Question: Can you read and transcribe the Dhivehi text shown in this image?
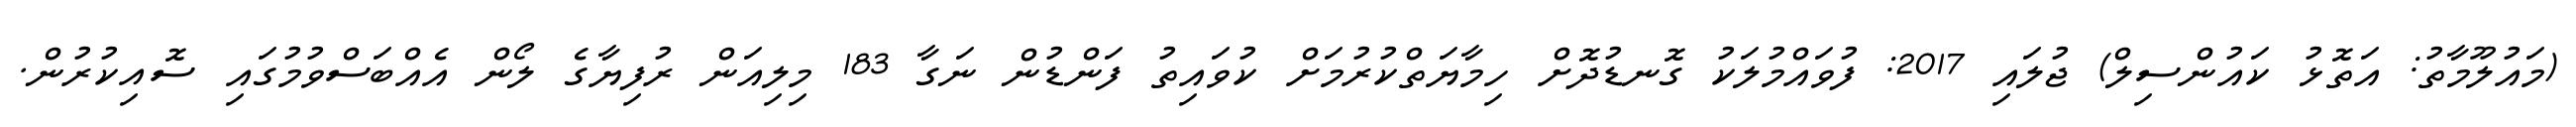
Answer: (މައުލޫމާތު: އަތޮޅު ކައުންސިލް) ޖުލައި 2017: ފުވައްމުލަކު ގޮނޑުދޮށް ހިމާޔަތްކުރުމަށް ކުވައިތު ފަންޑުން ނަގާ 183 މިލިއަން ރުފިޔާގެ ލޯން އެއްބަސްވުމުގައި ސޮއިކުރުން.